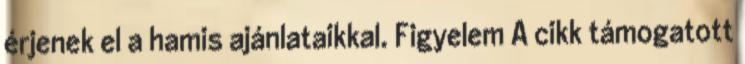
érjenek el a hamis ajánlataikkal. Figyelem A cikk támogatott